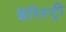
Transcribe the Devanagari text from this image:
बैरिस्ट्री